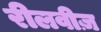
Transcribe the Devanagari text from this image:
रीलवीज़